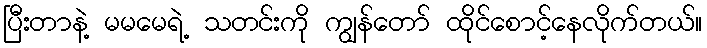
ပြီးတာနဲ့ မမမေရဲ့ သတင်းကို ကျွန်တော် ထိုင်စောင့်နေလိုက်တယ်။